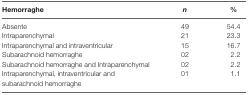
<table><thead><tr><td><b>Hemorraghe</b></td><td><b><i>n</i></b></td><td><b>%</b></td></tr></thead><tbody><tr><td>Absente</td><td>49</td><td>54.4</td></tr><tr><td>Intraparenchymal</td><td>21</td><td>23.3</td></tr><tr><td>Intraparenchymal and intraventricular</td><td>15</td><td>16.7</td></tr><tr><td>Subarachnoid hemorraghe</td><td>02</td><td>2.2</td></tr><tr><td>Subarachnoid hemorraghe and Intraparenchymal</td><td>02</td><td>2.2</td></tr><tr><td>Intraparenchymal, intraventricular and subarachnoid hemorraghe</td><td>01</td><td>1.1</td></tr></tbody></table>